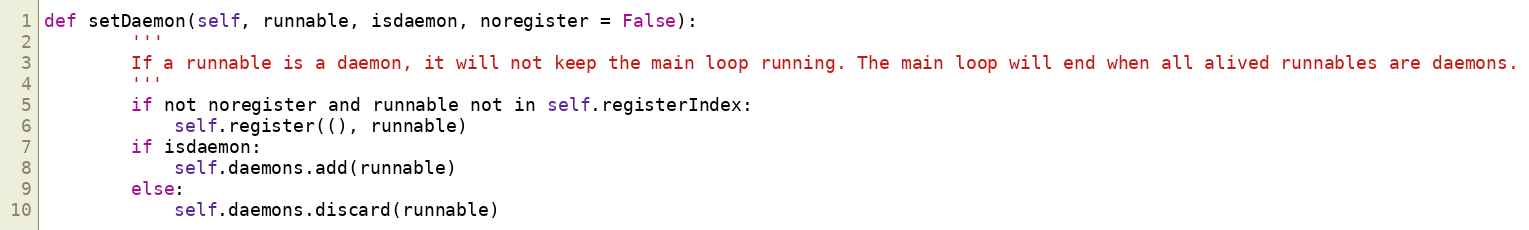
Language: Python
def setDaemon(self, runnable, isdaemon, noregister = False):
        '''
        If a runnable is a daemon, it will not keep the main loop running. The main loop will end when all alived runnables are daemons.
        '''
        if not noregister and runnable not in self.registerIndex:
            self.register((), runnable)
        if isdaemon:
            self.daemons.add(runnable)
        else:
            self.daemons.discard(runnable)